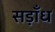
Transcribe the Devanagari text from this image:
सड़ाँध